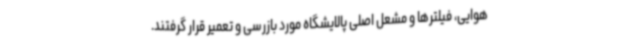
هوایی، فیلترها و مشعل اصلی پالایشگاه مورد بازرسی و تعمیر قرار گرفتند.